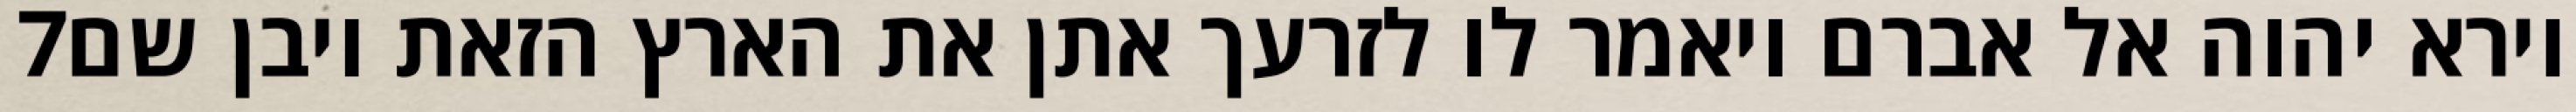
‎7‏ וירא יהוה אל אברם ויאמר לו לזרעך אתן את הארץ הזאת ויבן שם